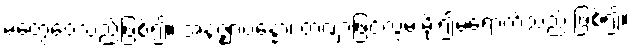
မတွေဝေသည်ဖြစ်၍။ အနဇ္ဈာပန္နော၊ တဏှာဖြင့်လွှမ်းမိုး၍မရောက်သည် ဖြစ်၍။